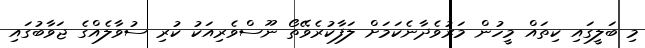
މި ބަލީގައި ކިތައް މީހުން މަރުވެދާނެކަމަށް ލަފާކުރެވޭތޯ ނޫސްވެރިއަކު ކުރި ސުވާލެއްގެ ޖަވާބުގައި